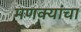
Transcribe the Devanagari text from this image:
मणक्यांचा